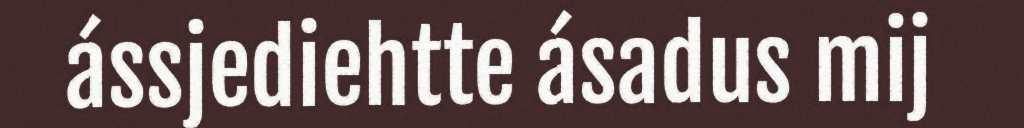
ássjediehtte ásadus mij